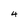
Character: 4